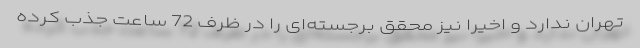
تهران ندارد و اخیرا نیز محقق برجسته‌ای را در ظرف 72 ساعت جذب کرده